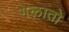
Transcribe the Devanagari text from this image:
गेलातो